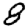
Digit: 8